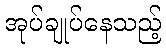
အုပ်ချုပ်နေသည့်